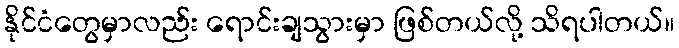
နိုင်ငံတွေမှာလည်း ရောင်းချသွားမှာ ဖြစ်တယ်လို့ သိရပါတယ်။